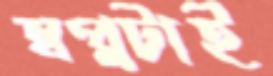
স্বপ্নটাই